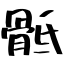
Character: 骶